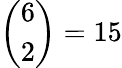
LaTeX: {\left(\begin{array}{l}{6}\\ {2}\end{array}\right)}=15